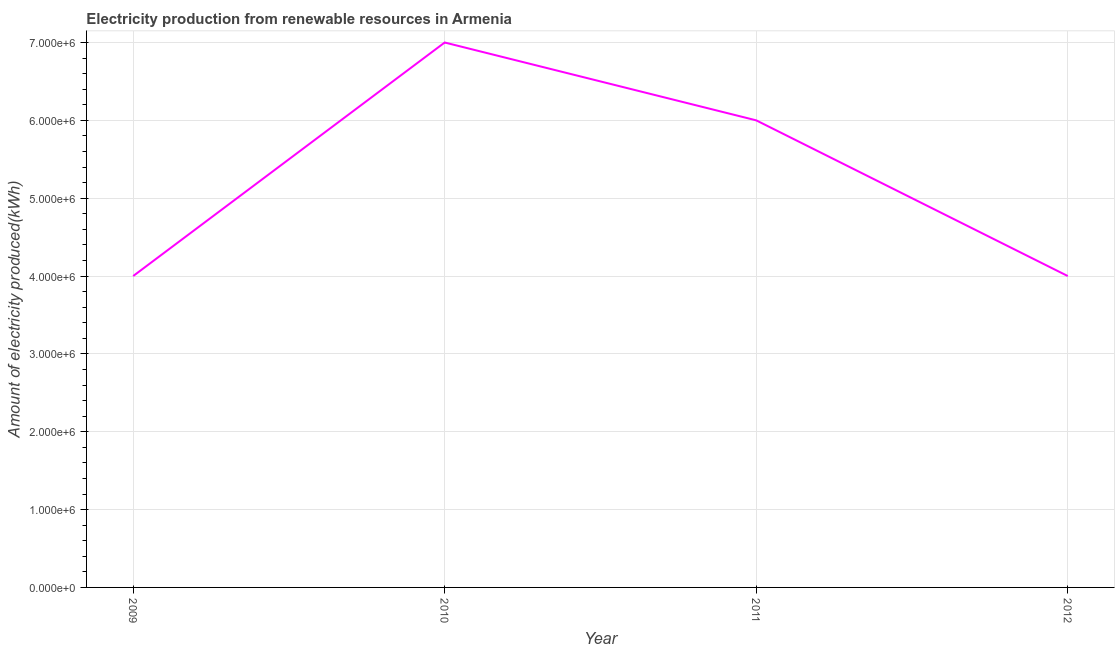
| Year | Electricity production from renewable sources |
 | --- | --- |
 | 2009 | 4e+06 |
 | 2010 | 7e+06 |
 | 2011 | 6e+06 |
 | 2012 | 4e+06 |